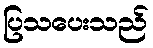
ပြသပေးသည်